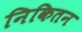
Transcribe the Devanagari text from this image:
निकितन